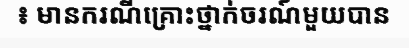
៖ មានករណីគ្រោះថ្នាក់ចរណ៍មួយបាន